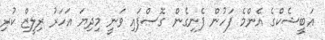
އަބީޝެކްގެ އެންމެ ފަހުން ފެނިގެން ގޮސްފައި ވަނީ މިދިޔަ އަހަރު ރިލީޒް ކުރި